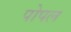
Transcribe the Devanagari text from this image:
पोपल